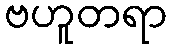
ဗဟူတရာ